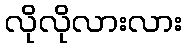
လိုလိုလားလား